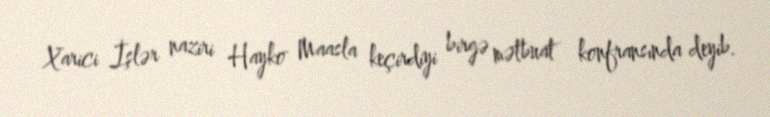
Xarici İşlər naziri Hayko Maasla keçirdiyi birgə mətbuat konfransında deyib.